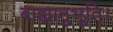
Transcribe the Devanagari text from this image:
बाह्यानुभूति।